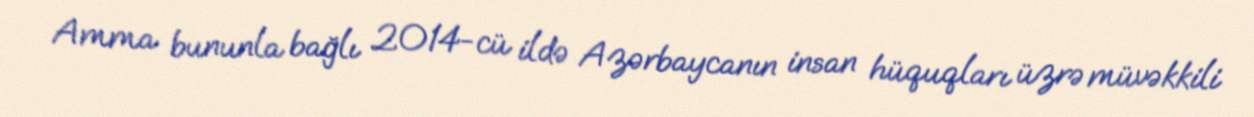
Amma bununla bağlı 2014-cü ildə Azərbaycanın insan hüquqları üzrə müvəkkili